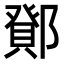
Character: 𮠉